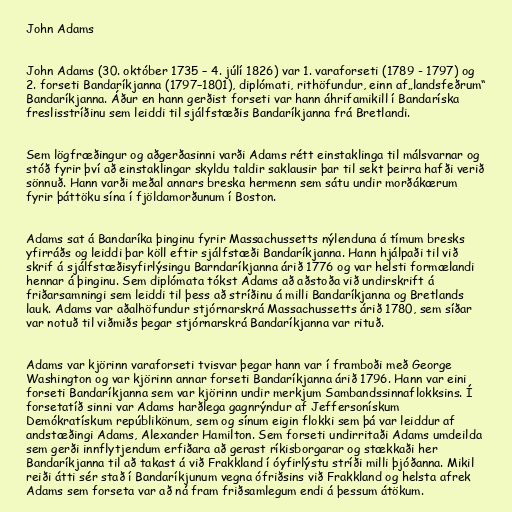
John Adams

John Adams (30. október 1735 – 4. júlí 1826) var 1. varaforseti (1789 - 1797) og
2. forseti Bandaríkjanna (1797–1801), diplómati, rithöfundur, einn af„landsfeðrum“
Bandaríkjanna. Áður en hann gerðist forseti var hann áhrifamikill í Bandaríska
freslisstríðinu sem leiddi til sjálfstæðis Bandaríkjanna frá Bretlandi.

Sem lögfræðingur og aðgerðasinni varði Adams rétt einstaklinga til málsvarnar og
stóð fyrir því að einstaklingar skyldu taldir saklausir þar til sekt þeirra hafði verið
sönnuð. Hann varði meðal annars breska hermenn sem sátu undir morðákærum
fyrir þáttöku sína í fjöldamorðunum í Boston.

Adams sat á Bandaríka þinginu fyrir Massachussetts nýlenduna á tímum bresks
yfirráðs og leiddi þar köll eftir sjálfstæði Bandaríkjanna. Hann hjálpaði til við
skrif á sjálfstæðisyfirlýsingu Barndaríkjanna árið 1776 og var helsti formælandi
hennar á þinginu. Sem diplómata tókst Adams að aðstoða við undirskrift á
friðarsamningi sem leiddi til þess að stríðinu á milli Bandaríkjanna og Bretlands
lauk. Adams var aðalhöfundur stjórnarskrá Massachussetts árið 1780, sem síðar
var notuð til viðmiðs þegar stjórnarskrá Bandaríkjanna var rituð.

Adams var kjörinn varaforseti tvisvar þegar hann var í framboði með George
Washington og var kjörinn annar forseti Bandaríkjanna árið 1796. Hann var eini
forseti Bandaríkjanna sem var kjörinn undir merkjum Sambandssinnaflokksins. Í
forsetatíð sinni var Adams harðlega gagnrýndur af Jeffersonískum
Demókratískum repúblikönum, sem og sínum eigin flokki sem þá var leiddur af
andstæðingi Adams, Alexander Hamilton. Sem forseti undirritaði Adams umdeilda
sem gerði innflytjendum erfiðara að gerast ríkisborgarar og stækkaði her
Bandaríkjanna til að takast á við Frakkland í óyfirlýstu stríði milli þjóðanna. Mikil
reiði átti sér stað í Bandaríkjunum vegna ófriðsins við Frakkland og helsta afrek
Adams sem forseta var að ná fram friðsamlegum endi á þessum átökum.